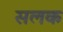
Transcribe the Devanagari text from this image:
सलक